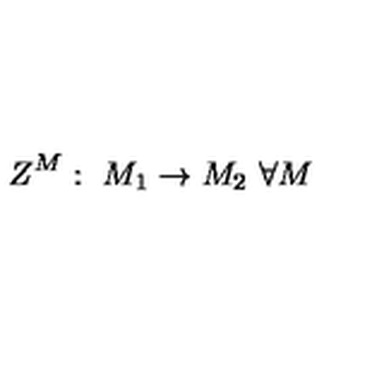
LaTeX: Z ^ { M } : \ M _ { 1 } \rightarrow M _ { 2 } \ \forall M